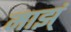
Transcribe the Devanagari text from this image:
माझ्ं